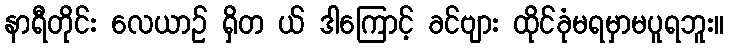
နာရီတိုင်း လေယာဉ် ရှိတ ယ် ဒါကြောင့် ခင်ဗျား ထိုင်ခုံမရမှာမပူရဘူး။